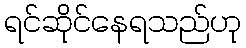
ရင်ဆိုင်နေရသည်ဟု